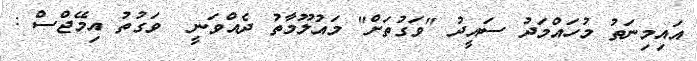
އައިމިނަތު މުހައްމަދު ސައީދު "ވަގުތަށް" މައުލޫމާތު ދެއްވަނީ  ވަގުތު އިމޭޖްސް :